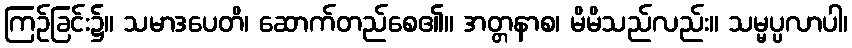
ကြဉ်ခြင်း၌။ သမာဒပေတိ၊ ဆောက်တည်စေ၏။ အတ္တနာစ၊ မိမိသည်လည်း။ သမ္မပ္ပလာပါ၊